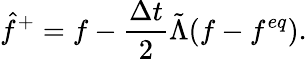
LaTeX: \hat{f}^{+}=f-\frac{\Delta t}{2}\tilde{\Lambda}(f-f^{eq}).